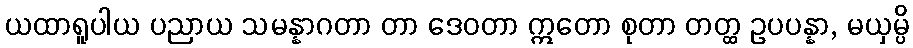
ယထာရူပါယ ပညာယ သမန္နာဂတာ တာ ဒေဝတာ ဣတော စုတာ တတ္ထ ဥပပန္နာ, မယှမ္ပိ